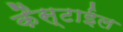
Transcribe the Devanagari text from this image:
कैस्टाईल